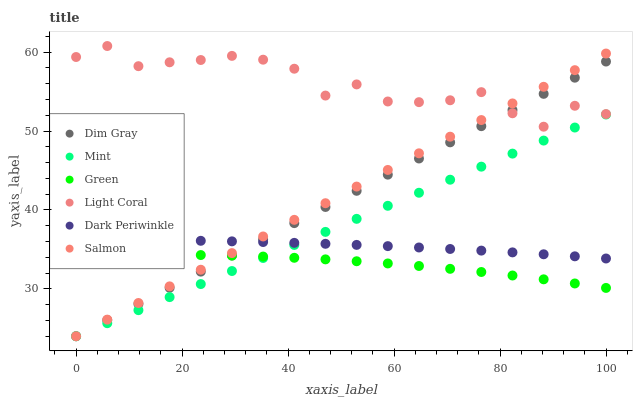
| xaxis_label | Dim Gray | Mint | Green | Light Coral | Dark Periwinkle | Salmon |
 | --- | --- | --- | --- | --- | --- | --- |
 | 0 | 24 | 24 | 34.2 | 59.4 | 36.2 | 24 |
 | 5.88 | 26 | 25.7 | 34.3 | 60.8 | 36.2 | 26.1 |
 | 11.8 | 28.1 | 27.3 | 34.3 | 58.2 | 36.2 | 28.2 |
 | 17.6 | 30.1 | 29 | 34.3 | 58.7 | 36.1 | 30.3 |
 | 23.5 | 32.2 | 30.6 | 34.3 | 59 | 36.1 | 32.4 |
 | 29.4 | 34.2 | 32.3 | 34.2 | 59.5 | 36 | 34.5 |
 | 35.3 | 36.3 | 33.9 | 34.1 | 59 | 35.9 | 36.6 |
 | 41.2 | 38.3 | 35.6 | 33.9 | 57.9 | 35.8 | 38.8 |
 | 47.1 | 40.4 | 37.2 | 33.7 | 54.5 | 35.7 | 40.9 |
 | 52.9 | 42.4 | 38.9 | 33.5 | 55.9 | 35.6 | 43 |
 | 58.8 | 44.5 | 40.5 | 33.2 | 53.8 | 35.4 | 45.1 |
 | 64.7 | 46.5 | 42.2 | 32.9 | 53.7 | 35.3 | 47.2 |
 | 70.6 | 48.6 | 43.8 | 32.5 | 53.9 | 35.1 | 49.3 |
 | 76.5 | 50.6 | 45.5 | 32.1 | 54.9 | 34.9 | 51.4 |
 | 82.4 | 52.7 | 47.1 | 31.7 | 52.3 | 34.6 | 53.5 |
 | 88.2 | 54.7 | 48.8 | 31.2 | 50.6 | 34.4 | 55.6 |
 | 94.1 | 56.8 | 50.5 | 30.7 | 53.2 | 34.1 | 57.7 |
 | 100 | 58.8 | 52.1 | 30.1 | 52.2 | 33.9 | 59.8 |